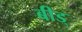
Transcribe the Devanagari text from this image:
बीड्